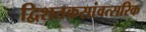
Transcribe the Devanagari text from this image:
द्विशतकसांवत्सरिक